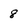
Character: 8